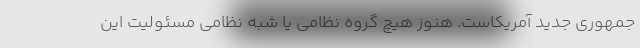
جمهوری جدید آمریکاست. هنوز هیچ گروه نظامی یا شبه نظامی مسئولیت این